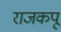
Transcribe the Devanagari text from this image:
राजकपू